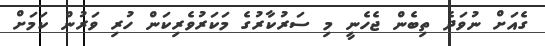
ގެއަށް ނުވަދެ ތިބެން ޖެހެނީ މި ސަރުކާރުގެ މަކަރުވެރިކަން ހުރި ވަރުން ކަމަށް